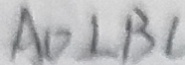
A D \bot B C